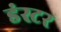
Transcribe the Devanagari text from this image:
डंस्टर